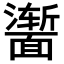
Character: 𬰣